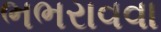
ભભરાવવા